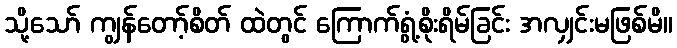
သို့သော် ကျွန်တော့်စိတ် ထဲတွင် ကြောက်ရွံ့စိုးရိမ်ခြင်း အလျှင်းမဖြစ်မိ။